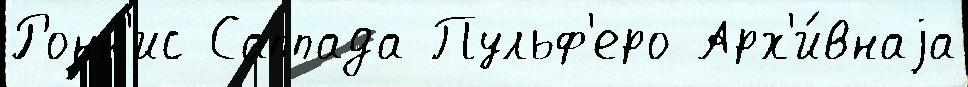
Ронк'ис Саппада Пульф'еро Арх'и́внаjа